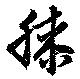
膝